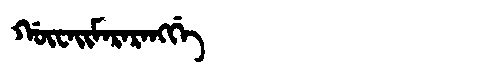
Manchu: ᡤᡡᠸᠠᡳᠮᠠᡵᠠᡵᠠᠩᡤᡝ
Romanization: GŪWAIMARARANGGE